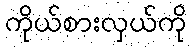
ကိုယ်စားလှယ်ကို